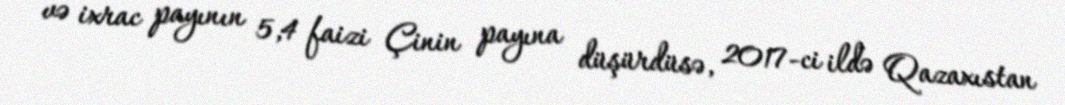
və ixrac payının 5,4 faizi Çinin payına düşürdüsə, 2017-ci ildə Qazaxıstan